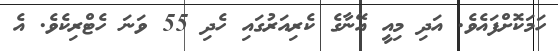
ހަމަކޮށްފައެވެ. އަދި މިއީ އޭނާގެ ކެރިއަރުގައި ހެދި 55 ވަނަ ހެޓްރިކެވެ. އެ